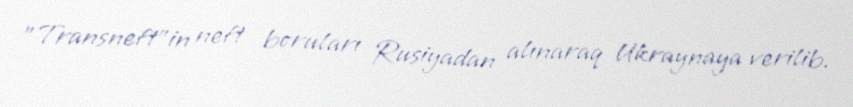
"Transneft"in neft boruları Rusiyadan alınaraq Ukraynaya verilib.